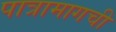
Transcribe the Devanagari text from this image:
पात्रामागची